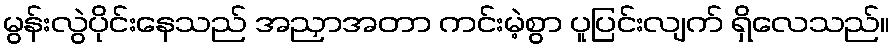
မွန်းလွဲပိုင်းနေသည် အညှာအတာ ကင်းမဲ့စွာ ပူပြင်းလျက် ရှိလေသည်။